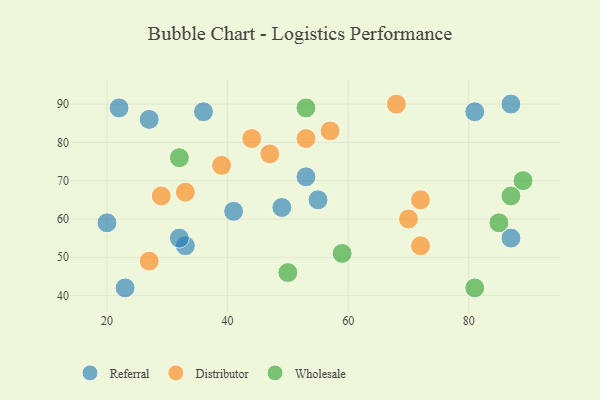
{"axis": {"x": "GDP", "y": "Life Expectancy"}, "legend": ["Distributor", "Referral", "Wholesale"], "data": [{"x": "22", "y": 89, "type": "Referral"}, {"x": "87", "y": 90, "type": "Referral"}, {"x": "33", "y": 53, "type": "Referral"}, {"x": "20", "y": 59, "type": "Referral"}, {"x": "53", "y": 71, "type": "Referral"}, {"x": "32", "y": 55, "type": "Referral"}, {"x": "81", "y": 88, "type": "Referral"}, {"x": "27", "y": 86, "type": "Referral"}, {"x": "87", "y": 55, "type": "Referral"}, {"x": "36", "y": 88, "type": "Referral"}, {"x": "23", "y": 42, "type": "Referral"}, {"x": "55", "y": 65, "type": "Referral"}, {"x": "49", "y": 63, "type": "Referral"}, {"x": "41", "y": 62, "type": "Referral"}, {"x": "27", "y": 49, "type": "Distributor"}, {"x": "53", "y": 81, "type": "Distributor"}, {"x": "57", "y": 83, "type": "Distributor"}, {"x": "44", "y": 81, "type": "Distributor"}, {"x": "72", "y": 65, "type": "Distributor"}, {"x": "39", "y": 74, "type": "Distributor"}, {"x": "33", "y": 67, "type": "Distributor"}, {"x": "70", "y": 60, "type": "Distributor"}, {"x": "29", "y": 66, "type": "Distributor"}, {"x": "72", "y": 53, "type": "Distributor"}, {"x": "68", "y": 90, "type": "Distributor"}, {"x": "47", "y": 77, "type": "Distributor"}, {"x": "32", "y": 76, "type": "Wholesale"}, {"x": "85", "y": 59, "type": "Wholesale"}, {"x": "81", "y": 42, "type": "Wholesale"}, {"x": "59", "y": 51, "type": "Wholesale"}, {"x": "89", "y": 70, "type": "Wholesale"}, {"x": "53", "y": 89, "type": "Wholesale"}, {"x": "50", "y": 46, "type": "Wholesale"}, {"x": "87", "y": 66, "type": "Wholesale"}]}